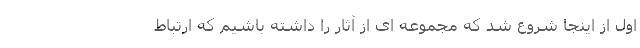
اول از اینجا شروع شد که مجموعه ای از آثار را داشته باشیم که ارتباط